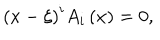
LaTeX: \left( { x - \xi } \right) ^ { i } A _ { i } \left( x \right) = 0 ,